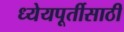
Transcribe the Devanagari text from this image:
ध्येयपूर्तीसाठी